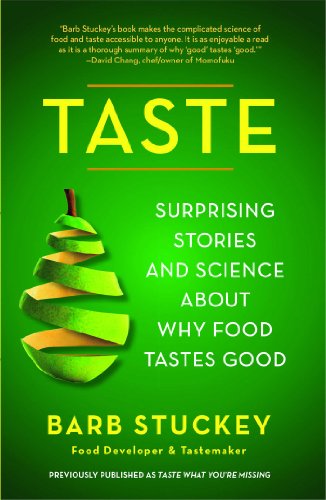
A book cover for Taste: Surprising Stories and Science about Why Food Tastes Good; Barb Stuckey; Cookbooks, Food & Wine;